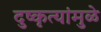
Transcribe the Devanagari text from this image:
दुष्कृत्यांमुळे